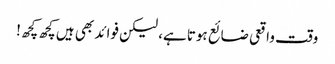
وقت واقعی ضائع ہوتا ہے، لیکن فوائد بھی ہیں کچھ کچھ!